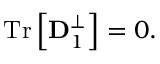
{ \displaystyle \mathrm { T r } \left[ { \bf D } _ { 1 } ^ { \perp } \right] = 0 } .